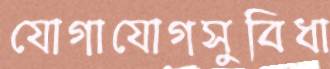
যোগাযোগসুবিধা